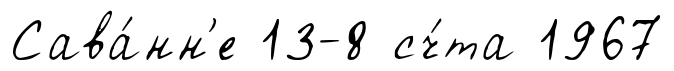
Сава́нн'е 13-8 сч́та 1967